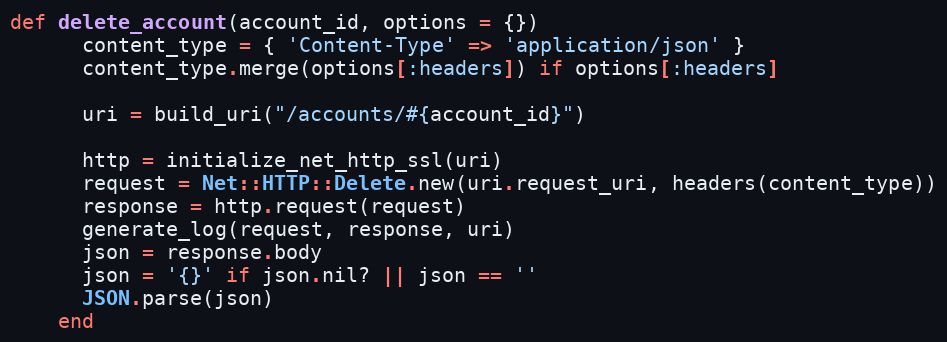
Language: Ruby
def delete_account(account_id, options = {})
      content_type = { 'Content-Type' => 'application/json' }
      content_type.merge(options[:headers]) if options[:headers]

      uri = build_uri("/accounts/#{account_id}")

      http = initialize_net_http_ssl(uri)
      request = Net::HTTP::Delete.new(uri.request_uri, headers(content_type))
      response = http.request(request)
      generate_log(request, response, uri)
      json = response.body
      json = '{}' if json.nil? || json == ''
      JSON.parse(json)
    end